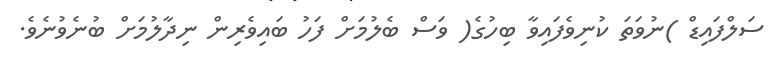
ސަލްފައިޑް )ނުވަތަ ކުނިވެފައިވާ ބިހުގެ( ވަސް ބެލުމަށް ފަހު ބައިވެރިން ނިދާލުމަށް ބުނެވުނެވެ.